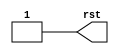
//Verilog HDL for "PLL", "testbench" "verilog"


module testbench (rst);
output rst;
reg rst;
initial begin
	rst=1'b0;
	#5 rst=1'b1;
end
endmodule